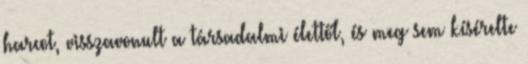
harcot, visszavonult a társadalmi élettől, és meg sem kísérelte